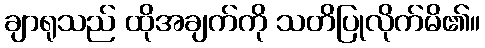
ချာရုသည် ထိုအချက်ကို သတိပြုလိုက်မိ၏။